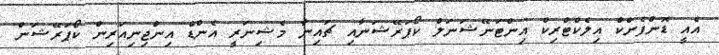
އެއީ ޑޮންފެންކް އިލެކްޓްރިކް އިންޓަނޭޝަނަލް ކޯޕަރޭޝަނާއި ޗައިނާ މެޝިނަރީ އެންޑް އިންޖިނިއަރިން ކޯޕަރޭޝަން